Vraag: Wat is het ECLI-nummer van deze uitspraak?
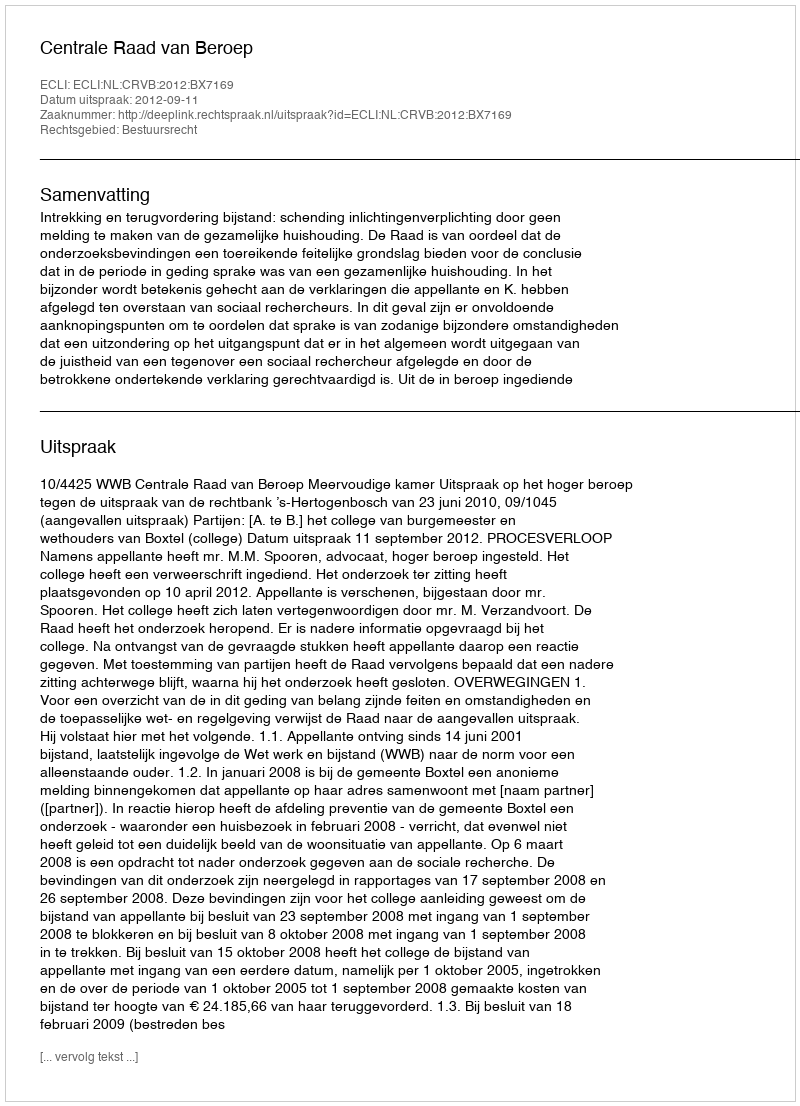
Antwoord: ECLI:NL:CRVB:2012:BX7169